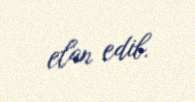
elan edib.